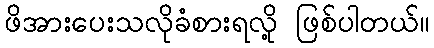
ဖိအားပေးသလိုခံစားရလို့ ဖြစ်ပါတယ်။